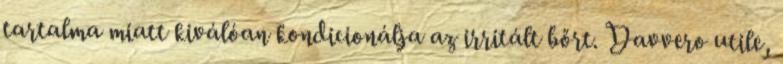
tartalma miatt kiválóan kondicionálja az irritált bőrt. Davvero utile,